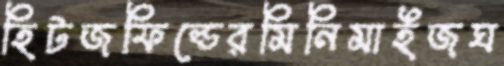
হিটজফিল্ডেরমিনিমাইজঘ